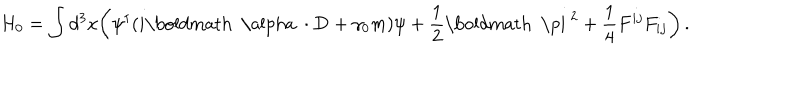
H _ { 0 } = \int d ^ { 3 } x \biggl ( \psi ^ { \dagger } ( i \mathrm { \boldmath ~ \ a l p h a ~ } \cdot { \bf D } + \gamma _ { 0 } m ) \psi + { \frac { 1 } { 2 } } \mathrm { \boldmath ~ \ p i ~ } ^ { 2 } + { \frac { 1 } { 4 } } F ^ { i j } F _ { i j } \biggr ) \, .